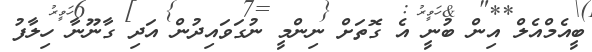
ބީއެމްއެލް އިން ބުނީ އެ ގޮތަށް ނިންމީ ނުގަވައިދުުން އަދި ގާނޫނާ ހިލާފު